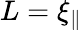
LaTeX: L=\xi_{\parallel}